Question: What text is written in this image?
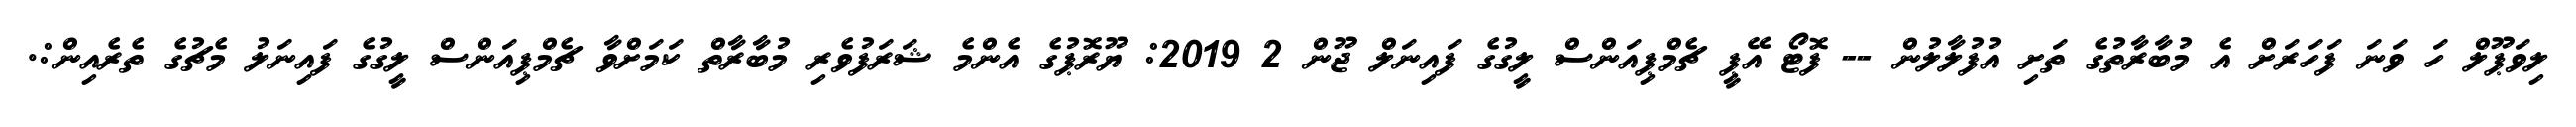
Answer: ލިވަޕޫލް ހަ ވަނަ ފަހަރަށް އެ މުބާރާތުގެ ތަށި އުފުލާލުން -- ފޮޓޯ އޭޕީ ޗެމްޕިއަންސް ލީގުގެ ފައިނަލް ޖޫން 2 2019: ޔޫރޮޕުގެ އެންމެ ޝަރަފުވެރި މުބާރާތް ކަމަށްވާ ޗެމްޕިއަންސް ލީގުގެ ފައިނަލު މެޗުގެ ތެރެއިން:.